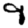
Digit: 9